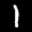
Label: 1